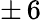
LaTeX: \pm\, 6